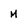
Character: M